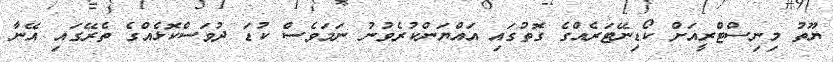
ޔޫތު މިނިސްޓްރީއަށް ކޯޑިނޭޓަރެއްގެ ގޮތުގައި އައްުޔަންކުރެވުނު ނަމަވެސް ކުޑަ ދުވަސްކޮޅެއްގެ ތެރޭގައި އޭނާ